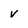
Character: v